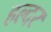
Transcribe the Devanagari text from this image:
हल्दर